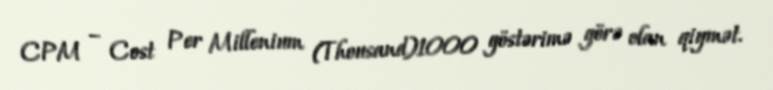
CPM – Cost Per Millenium (Thousand)1000 göstərimə görə olan qiymət.